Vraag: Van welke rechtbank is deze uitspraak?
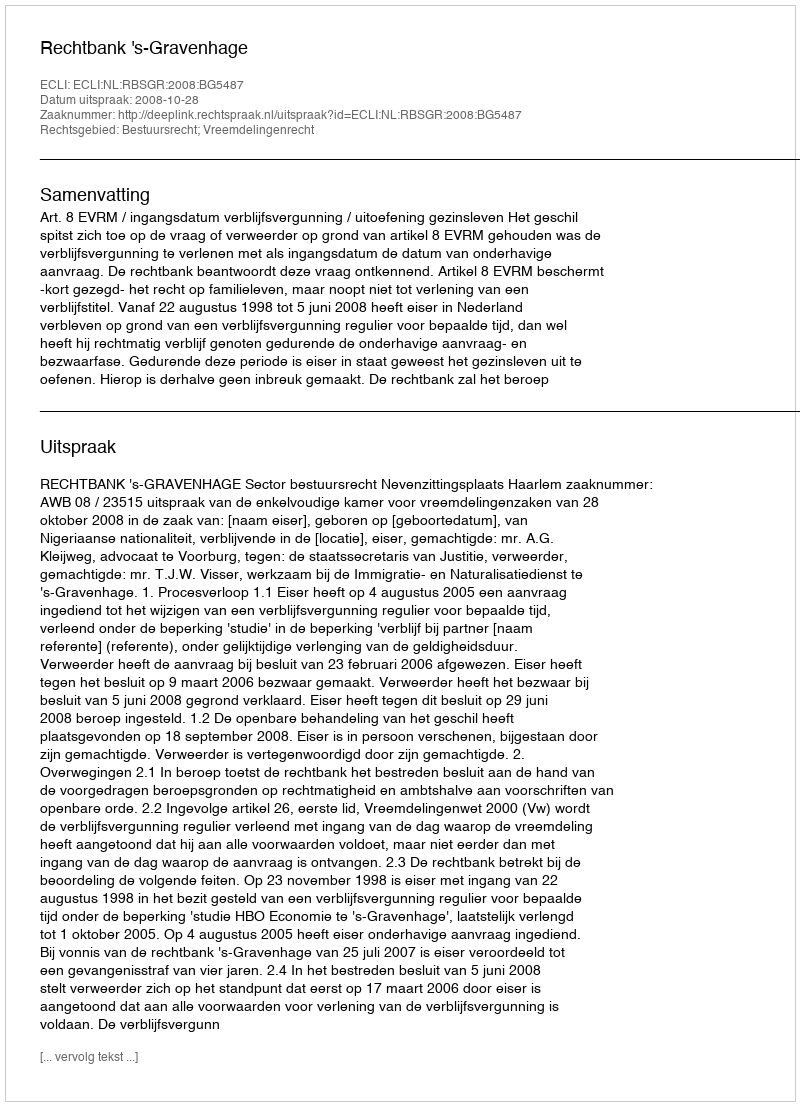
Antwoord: Rechtbank 's-Gravenhage